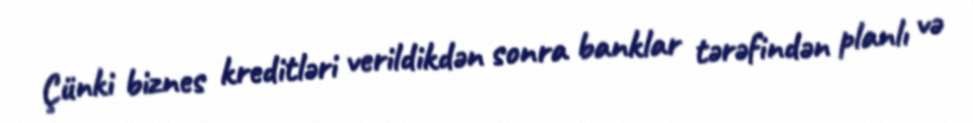
Çünki biznes kreditləri verildikdən sonra banklar tərəfindən planlı və